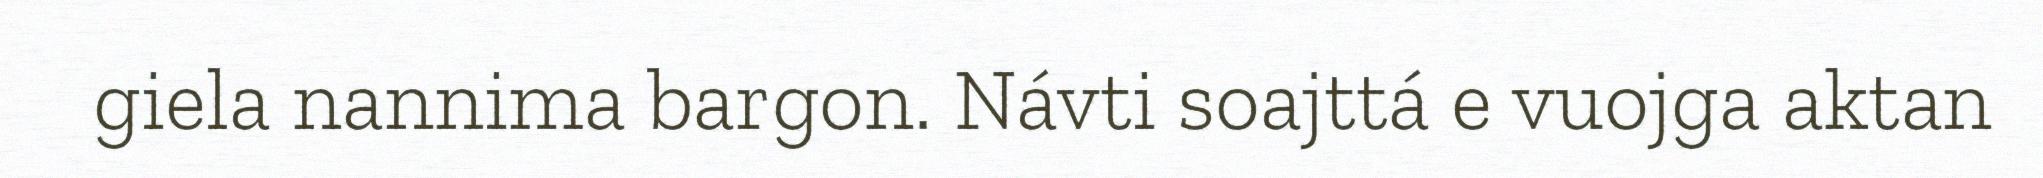
giela nannima bargon. Návti soajttá e vuojga aktan